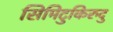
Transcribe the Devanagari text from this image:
सिमिटुकिरुदु